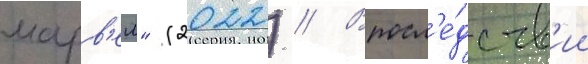
марв'ел" (2022) // Впосл'е́дств'ии